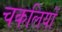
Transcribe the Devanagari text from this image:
चकलियों